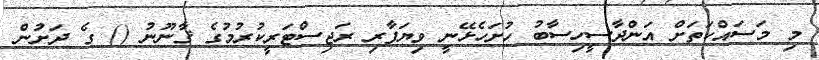
މި މަސައްކަތަށް އަންދާސީހިސާބު ހުށަހެޅޭނީ ވިޔަފާރި ރަޖިސްޓަރީކުރުމުގެ ޤާނޫނު () ގެ ދަށުން